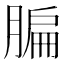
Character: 䐔